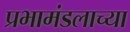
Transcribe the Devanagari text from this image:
प्रभामंडलाच्या